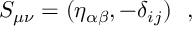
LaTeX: S _ { \mu \nu } = ( \eta _ { \alpha \beta } , - \delta _ { i j } ) ~ ~ ,